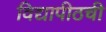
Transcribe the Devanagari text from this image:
विद्यापीठची